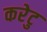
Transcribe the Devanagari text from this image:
करेटु